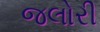
જલોરી